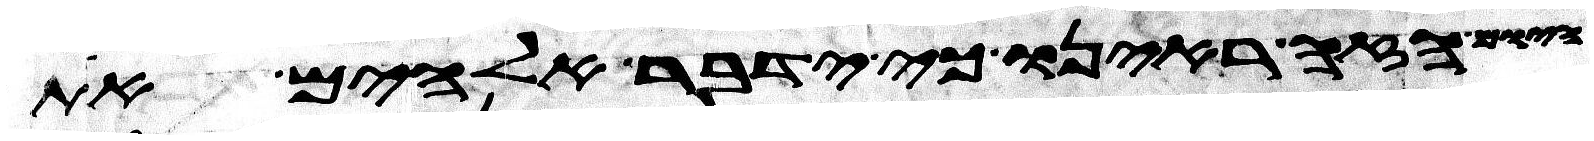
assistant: הזה ראינו כי ידבר אלהים את